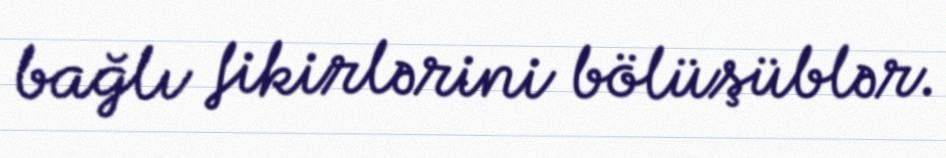
bağlı fikirlərini bölüşüblər.